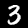
Digit: 3